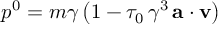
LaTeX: p ^ { 0 } = m \gamma \, \bigl ( 1 - \tau _ { 0 } \, \gamma ^ { 3 } \, { \bf a } \cdot { \bf v } \bigr )